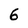
Character: 6